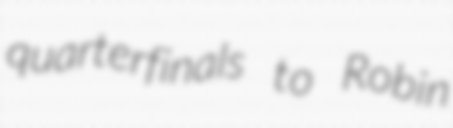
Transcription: quarterfinals to Robin